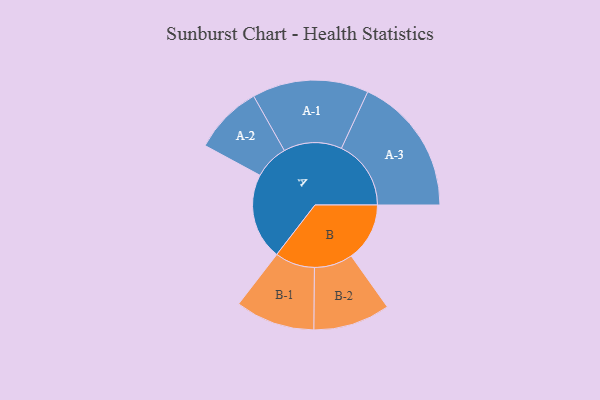
{"axis": {"x": "Segment", "y": "Value"}, "legend": ["", "A", "B"], "data": [{"x": "A", "y": 371, "type": ""}, {"x": "B", "y": 251, "type": ""}, {"x": "A-1", "y": 250, "type": "A"}, {"x": "A-2", "y": 148, "type": "A"}, {"x": "A-3", "y": 299, "type": "A"}, {"x": "B-1", "y": 171, "type": "B"}, {"x": "B-2", "y": 165, "type": "B"}]}